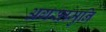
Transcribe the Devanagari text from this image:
अगस्तमुनि